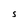
Character: S